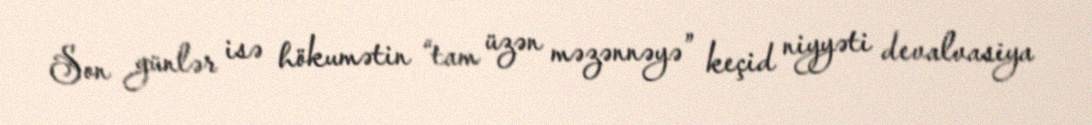
Son günlər isə hökumətin “tam üzən məzənnəyə” keçid niyyəti devalvasiya